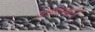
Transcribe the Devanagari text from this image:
यंत्रणेसाठी